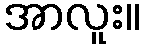
အာလူး။